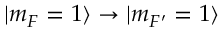
| m _ { F } = 1 \rangle \rightarrow | m _ { F ^ { \prime } } = 1 \rangle